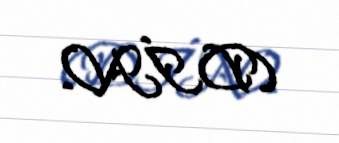
(DİN).